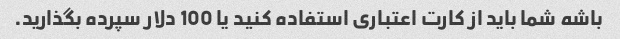
باشه شما باید از کارت اعتباری استفاده کنید یا 100 دلار سپرده بگذارید.